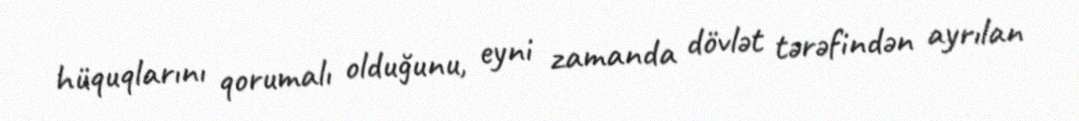
hüquqlarını qorumalı olduğunu, eyni zamanda dövlət tərəfindən ayrılan